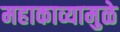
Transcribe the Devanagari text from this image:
महाकाव्यामुळे